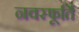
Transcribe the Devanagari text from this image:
नवस्फूर्ति